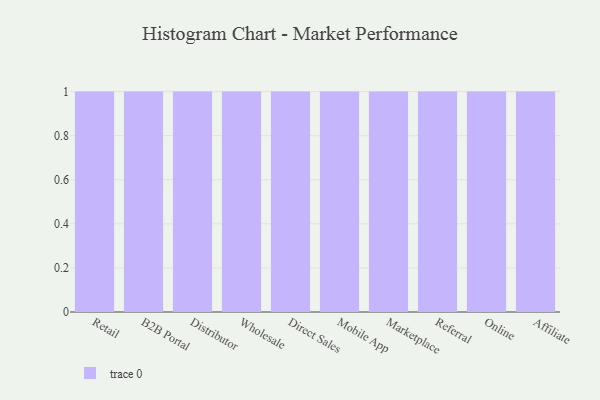
{"axis": {"x": "Channel", "y": "Page Views"}, "legend": [""], "data": [{"x": "Retail", "y": 97, "type": ""}, {"x": "B2B Portal", "y": 64, "type": ""}, {"x": "Distributor", "y": 35, "type": ""}, {"x": "Wholesale", "y": 29, "type": ""}, {"x": "Direct Sales", "y": 71, "type": ""}, {"x": "Mobile App", "y": 25, "type": ""}, {"x": "Marketplace", "y": 3, "type": ""}, {"x": "Referral", "y": 88, "type": ""}, {"x": "Online", "y": 26, "type": ""}, {"x": "Affiliate", "y": 92, "type": ""}]}